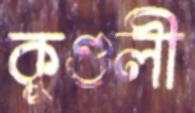
কুণ্ডলী